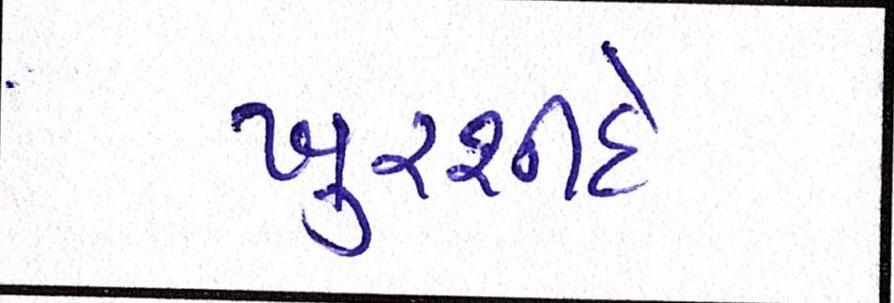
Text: ખુરશીદે